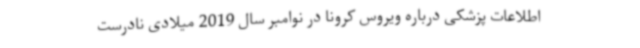
اطلاعات پزشکی درباره ویروس کرونا در نوامبر سال 2019 میلادی نادرست